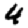
Digit: 4